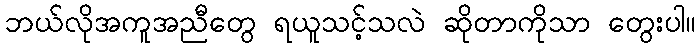
ဘယ်လိုအကူအညီတွေ ရယူသင့်သလဲ ဆိုတာကိုသာ တွေးပါ။